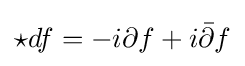
\star df=-i\partial f+i{\bar {\partial }}f